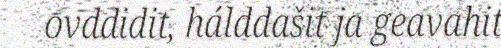
ovddidit, hálddašit ja geavahit